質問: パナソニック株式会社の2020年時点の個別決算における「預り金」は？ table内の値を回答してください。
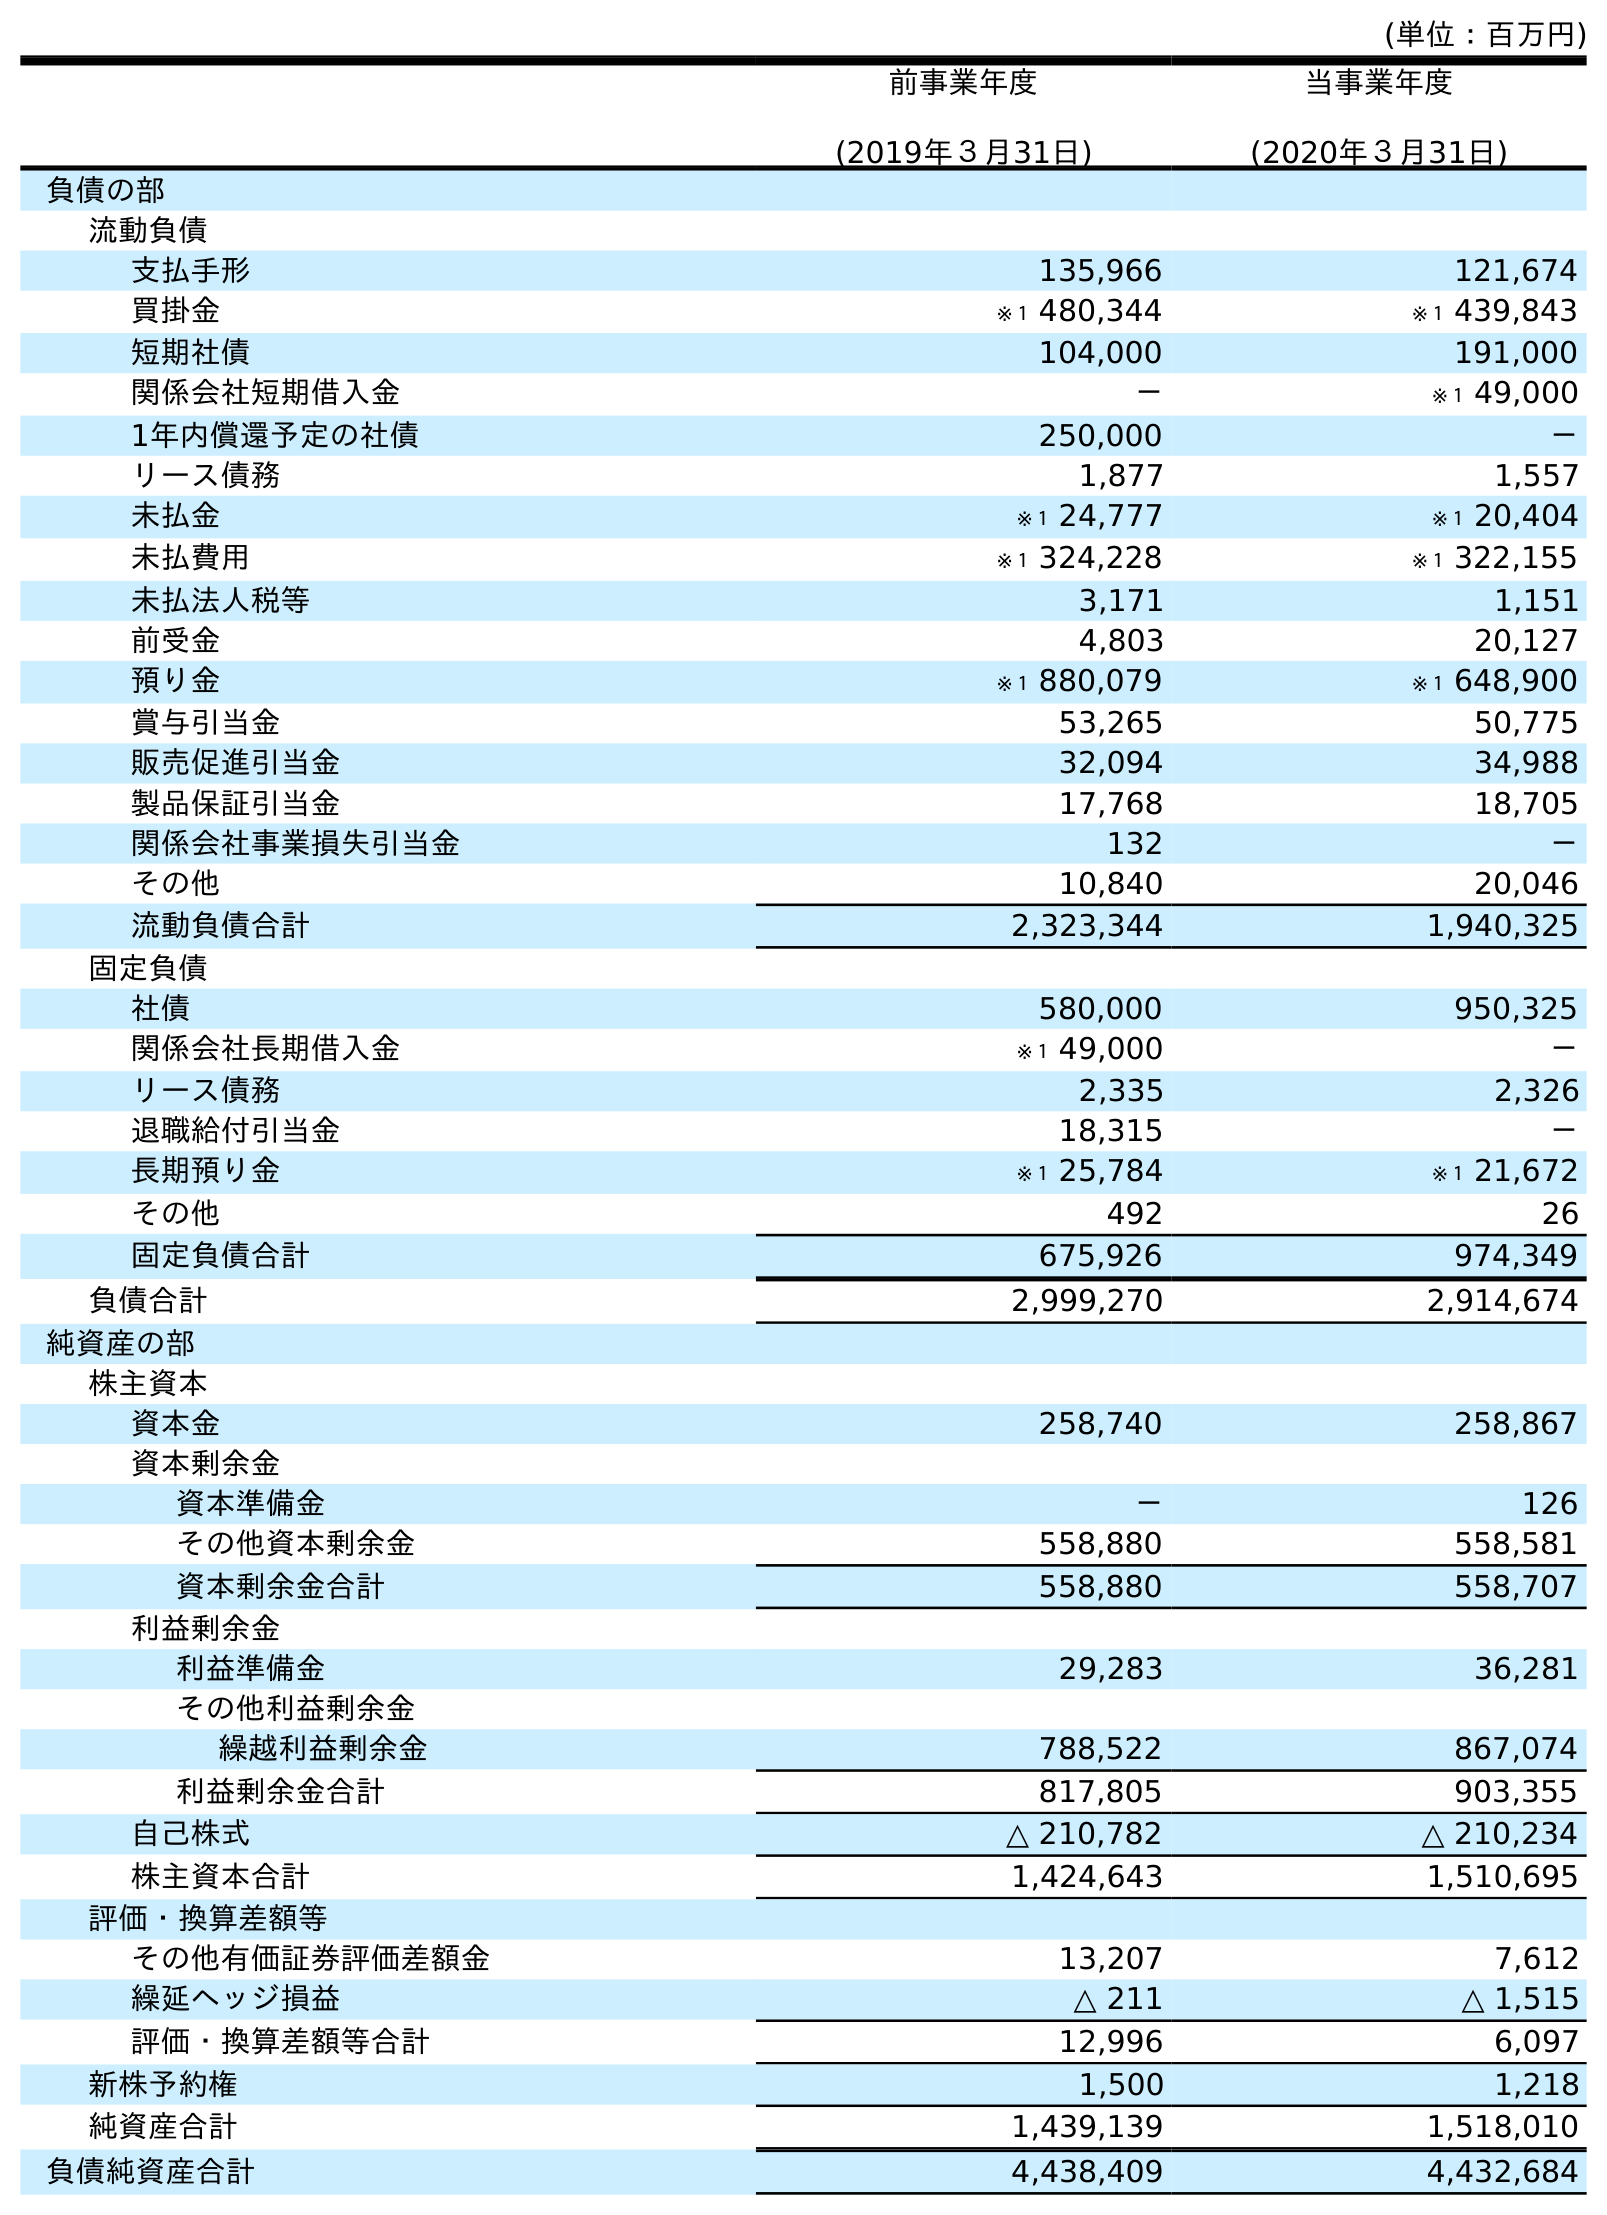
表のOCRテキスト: (単位：百万円) 前事業年度 (2019年３月31日) 当事業年度 (2020年３月31日) 負債の部 流動負債 支払手形 135,966 121,674 買掛金 ※１ 480,344 ※１ 439,843 短期社債 104,000 191,000 関係会社短期借入金 － ※１ 49,000 1年内償還予定の社債 250,000 － リース債務 1,877 1,557 未払金 ※１ 24,777 ※１ 20,404 未払費用 ※１ 324,228 ※１ 322,155 未払法人税等 3,171 1,151 前受金 4,803 20,127 預り金 ※１ 880,079 ※１ 648,900 賞与引当金 53,265 50,775 販売促進引当金 32,094 34,988 製品保証引当金 17,768 18,705 関係会社事業損失引当金 132 － その他 10,840 20,046 流動負債合計 2,323,344 1,940,325 固定負債 社債 580,000 950,325 関係会社長期借入金 ※１ 49,000 － リース債務 2,335 2,326 退職給付引当金 18,315 － 長期預り金 ※１ 25,784 ※１ 21,672 その他 492 26 固定負債合計 675,926 974,349 負債合計 2,999,270 2,914,674 純資産の部 株主資本 資本金 258,740 258,867 資本剰余金 資本準備金 － 126 その他資本剰余金 558,880 558,581 資本剰余金合計 558,880 558,707 利益剰余金 利益準備金 29,283 36,281 その他利益剰余金 繰越利益剰余金 788,522 867,074 利益剰余金合計 817,805 903,355 自己株式 △ 210,782 △ 210,234 株主資本合計 1,424,643 1,510,695 評価・換算差額等 その他有価証券評価差額金 13,207 7,612 繰延ヘッジ損益 △ 211 △ 1,515 評価・換算差額等合計 12,996 6,097 新株予約権 1,500 1,218 純資産合計 1,439,139 1,518,010 負債純資産合計 4,438,409 4,432,684
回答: ※１648,900